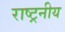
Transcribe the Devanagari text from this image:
राष्ट्रनीय